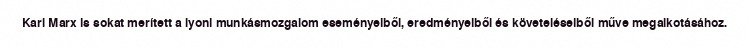
Karl Marx is sokat merített a lyoni munkásmozgalom eseményeiből, eredményeiből és követeléseiből műve megalkotásához.